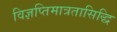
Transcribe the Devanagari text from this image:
विज्ञप्तिमात्रतासिद्धि